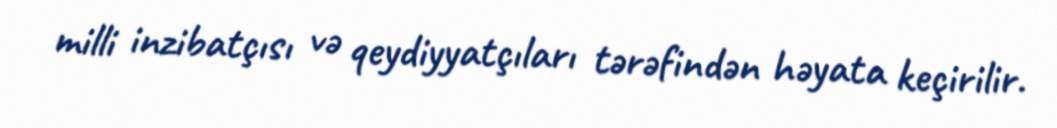
milli inzibatçısı və qeydiyyatçıları tərəfindən həyata keçirilir.